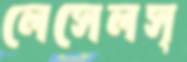
লেসেলস্